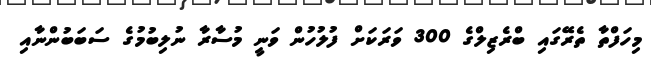
މިހަފްތާ ތެރޭގައި ބްރެޒިލްގެ 300 ވަރަކަށް ފުލުހުން ވަނީ މުސާރާ ނުލިބުމުގެ ސަބަބުންނާއި